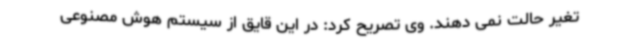
تغیر حالت نمی دهند. وی تصریح کرد: در این قایق از سیستم هوش مصنوعی